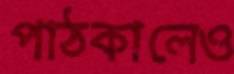
পাঠকালেও